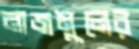
নাজমুলের